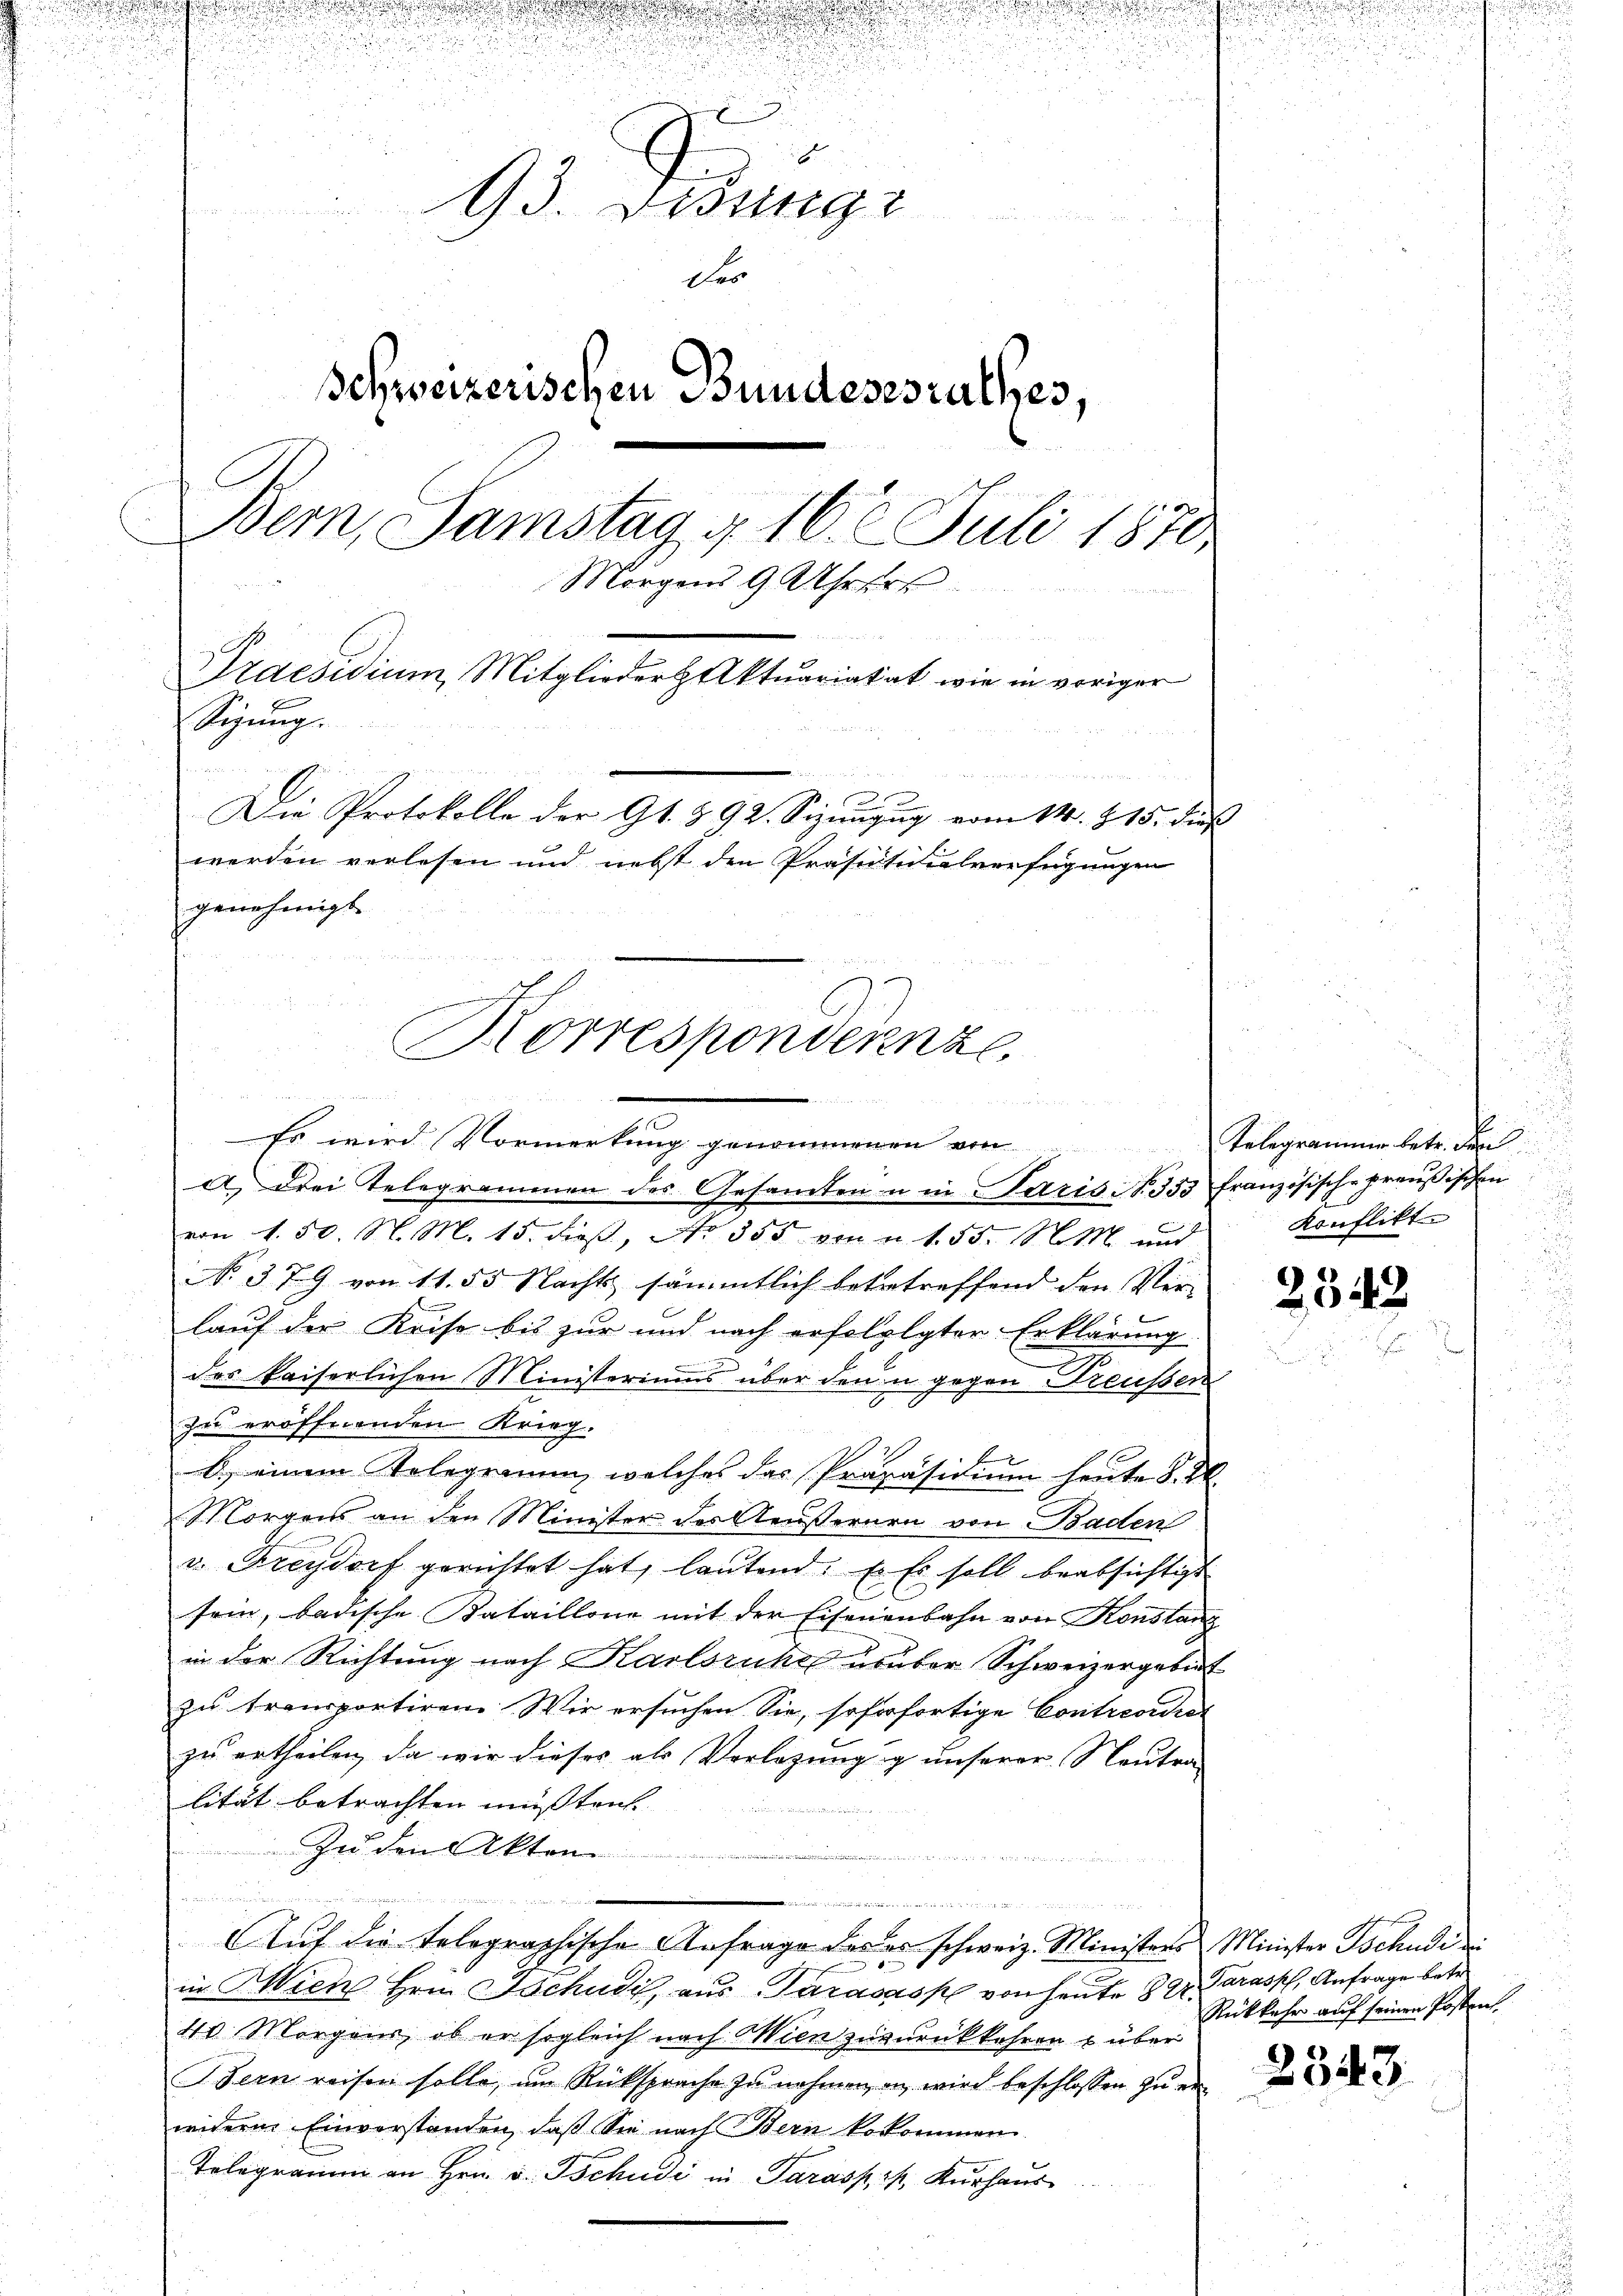
u

2
13. Desung
 8
Fer
Schweizerischen Bundesesrathes,
Bern, Samstag u. 16. Juli 1870
Morgens 9 Uhrer
Praesidium Mitglieder Aktuariatat wie in voriger
Sitzung.
.
u

Die Protokolle der Gr. § 92. Sizizug vom 14. 215. dieß
werden verlesen und nebst den Präsesidialverfügungen
genehmigte
Korrespondernze.

u
s und
Es wird Vormerkung genommenen von

von 1. 50. N. M. 15. dieß, No. 355 von 155. M. und
NNo. 379 von 11. 55 Nachts sämmtlich betretreffend den Ver-
lauf der Keise bis zur und nach erfolglgter Erklärung
des kaiserlichen Ministeriums über den u gegen Preußen
zu eröffnenden Krieg.
b.) einem Telegramm, welches das Präpäsidium heute §. 2.
Morgens an den Minister der Aeußernen von Baden
v. Freydorf gerichtet hat, lautend. E. Es soll beabsichtigt
sein, badische Bataillone mit der Eisenenbahn von Konstanz
in der Richtung nach Karlsruhe uruber Schweizergebiet
zu transportiren. Wir ersuchen Sie, soforfortige Contrevidier
zu ertheilen, da wir dieses als Verlegungig unserer Neutra-
lität betrachten müßten.
Zu den Akten
e
un
 g die ich
AAuf die telegraphische Anfrage des er schweiz. Ministers Minister Tschudi i
in Wien Hrn. Tschudi, aus Tarasass von heute 82. Parassch, Anfrage betr.
40 Morgens, ob er sogleich nach Wien zuzurükkehren u über
Bern reisen solle, um Rücksprache zŭ nehmen, an wird beschlossen zu erwiderm Einverstanden, daβ See nach Bern bekommen.
Telegramm an Hrn. v. Tschudi in Parasp. I. Kurhaus

a.) Drei Telegrammen des Gesamten u in Paris S. 333 französisch-preußischen

Telegrammen betr. den
Konflikt
i

2548

Rückkehr auf seinen Postent.

2343